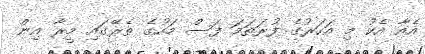
އެއާ އެކު މި އަހަރުގެ ފުރަތަމަ ފަސް މަހުގެ ތެރޭގައި މީރާ އިން